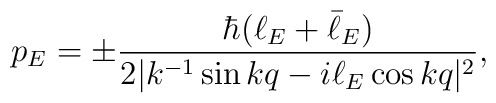
p_E=\pm{\hbar (\ell_E+\bar\ell_E)\over 2|k^{-1}\sin kq-i\ell_E \cos kq|^2},